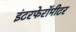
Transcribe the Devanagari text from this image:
इंटरफेरॉमीटर